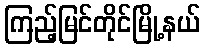
ကြည့်မြင်တိုင်မြို့နယ်